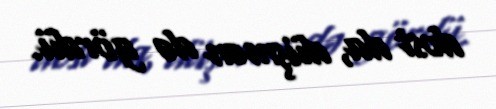
dost da, düşmən də gördü.